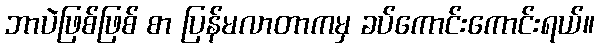
ဘာပဲဖြစ်ဖြစ် စာ ပြန်မလာတာကမှ ခပ်ကောင်းကောင်းရယ်။